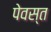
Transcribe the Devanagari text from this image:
पेवस्त